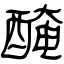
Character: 醃